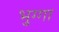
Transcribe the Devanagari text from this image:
भुग्गा